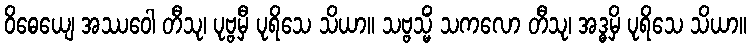
ဝိဓေယျေ အဿဝေါ တီသု၊ ပုဗ္ဗမှီ ပုရိသေ သိယာ။ သဗ္ဗသ္မိံ သကလော တီသု၊ အဒ္ဓမှိ ပုရိသေ သိယာ။